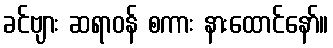
ခင်ဗျား ဆရာဝန် စကား နားထောင်နော်။